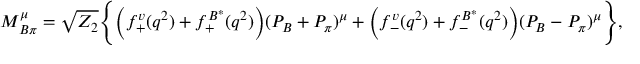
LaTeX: M _ { B \pi } ^ { \mu } = \sqrt { Z _ { 2 } } \Bigg \{ \Big ( f _ { + } ^ { v } ( q ^ { 2 } ) + f _ { + } ^ { B ^ { * } } ( q ^ { 2 } ) \Big ) ( P _ { B } + P _ { \pi } ) ^ { \mu } + \Big ( f _ { - } ^ { v } ( q ^ { 2 } ) + f _ { - } ^ { B ^ { * } } ( q ^ { 2 } ) \Big ) ( P _ { B } - P _ { \pi } ) ^ { \mu } \Bigg \} ,